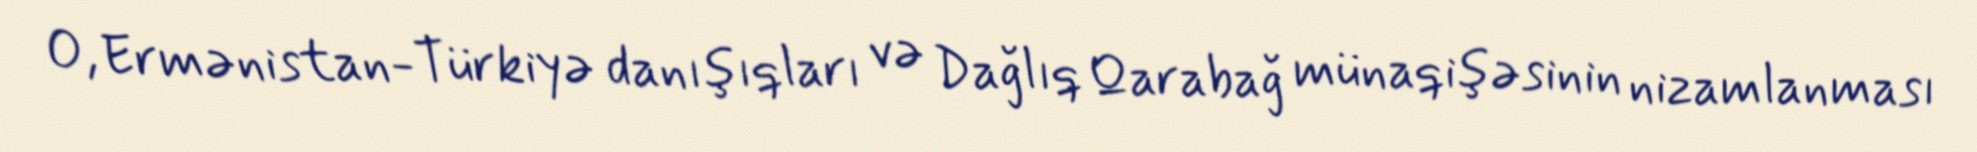
O, Ermənistan-Türkiyə danışıqları və Dağlıq Qarabağ münaqişəsinin nizamlanması